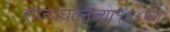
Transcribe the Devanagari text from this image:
राज्यघटनेच्या१६८व्या